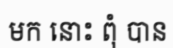
មក នោះ ពុំ បាន